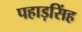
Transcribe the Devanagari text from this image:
पहाड़सिंह